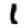
Digit: 1